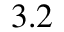
3 . 2